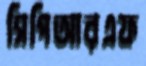
সিপিআরএফ